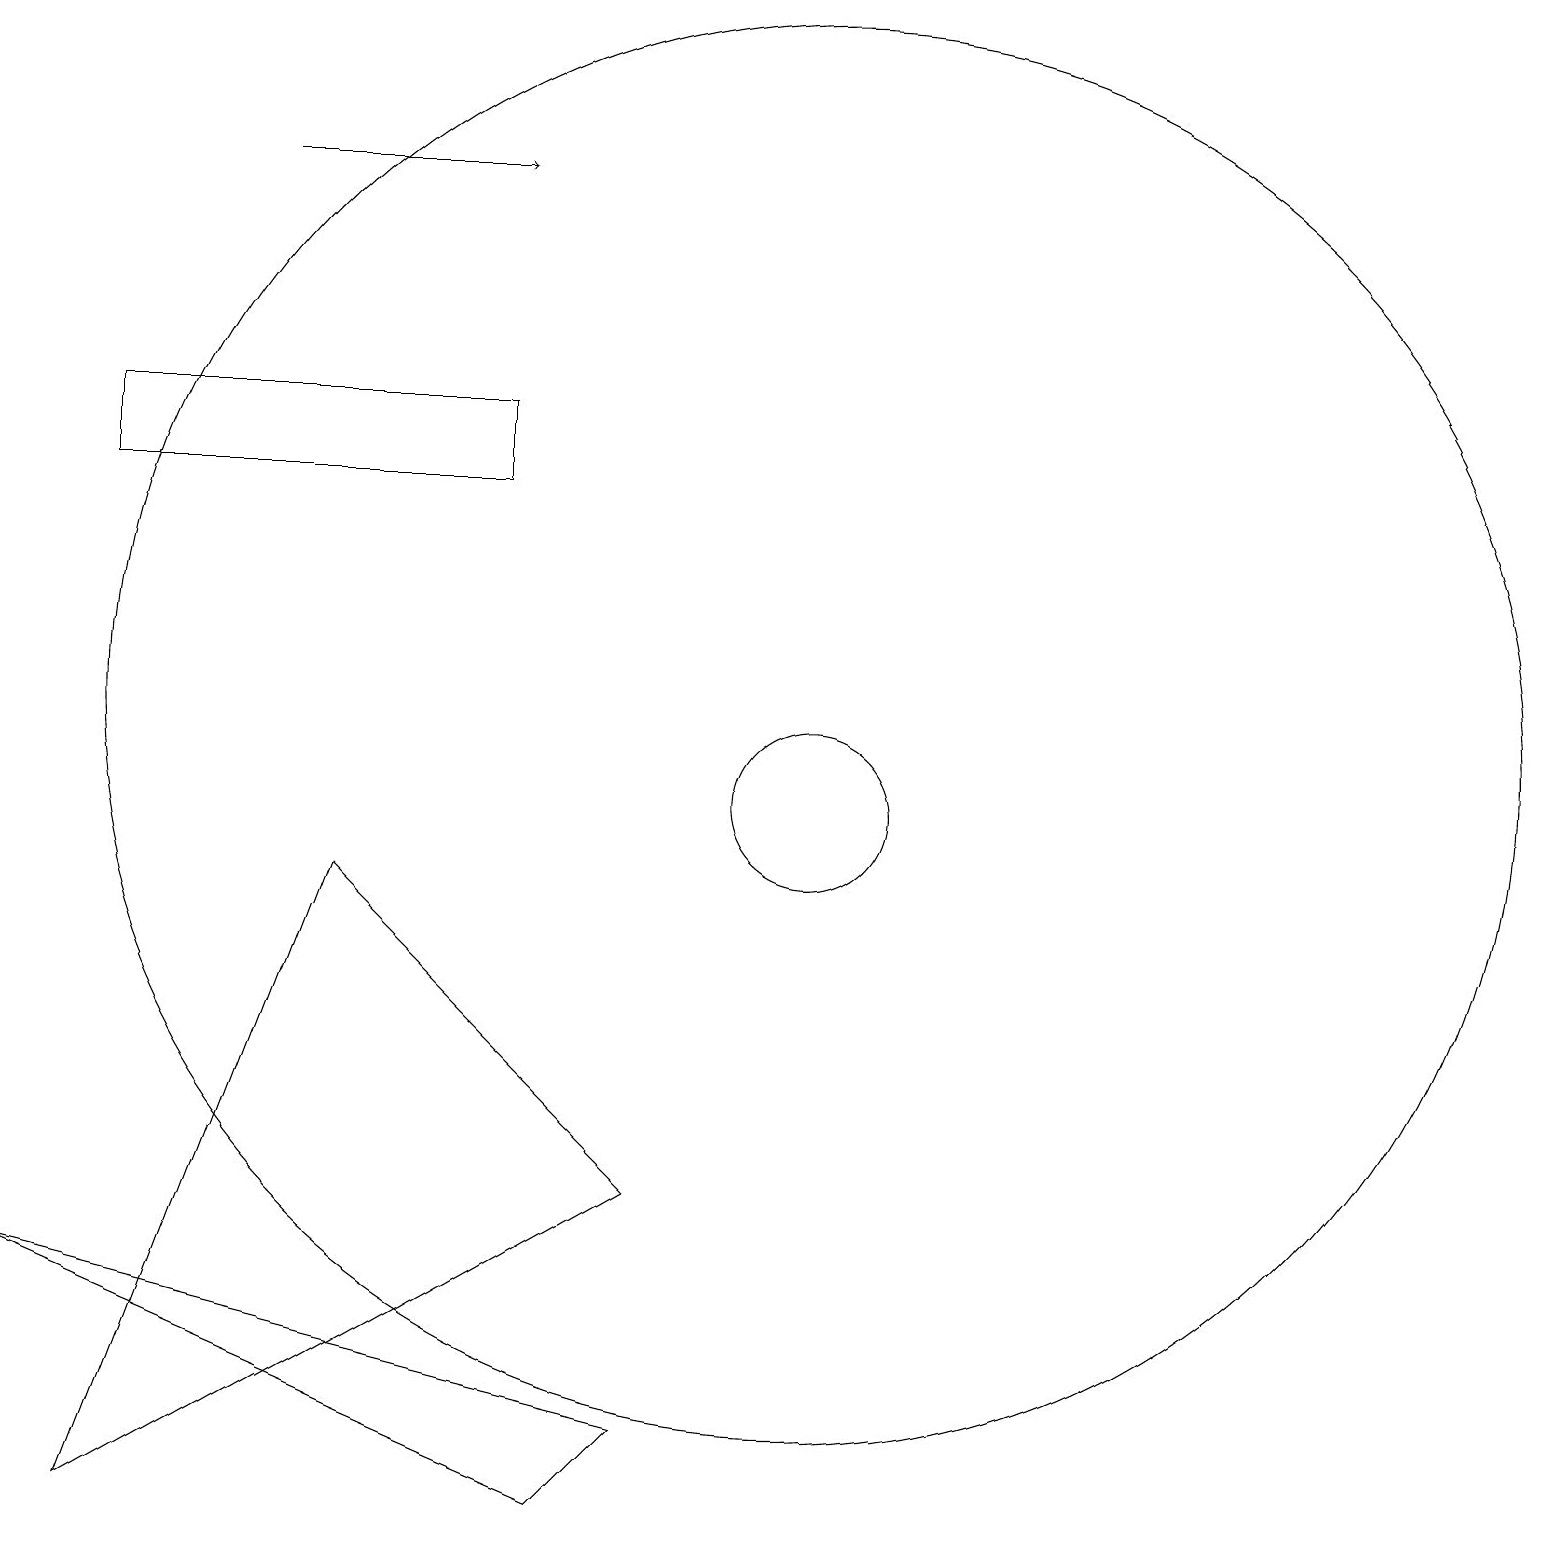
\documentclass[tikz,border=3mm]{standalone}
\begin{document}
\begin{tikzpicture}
\draw[->] (4,18) -- (7,18);
\draw (5,9) -- (2,1) -- (9,5) -- cycle;
\draw (9,2) -- (1,4) -- (8,1) -- cycle;
\draw (11,10) circle (1);
\draw (2,14) rectangle (7,15);
\draw (11,11) circle (9);
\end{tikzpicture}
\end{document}